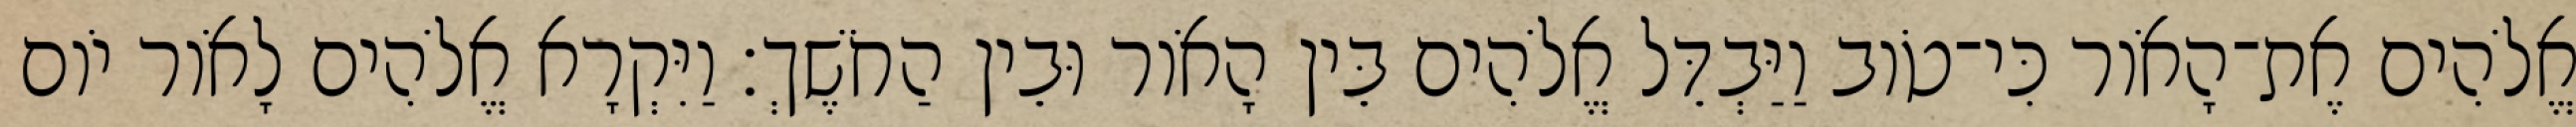
אֱלֹהִים אֶת־הָאֹור כִּי־טֹוב וַיַּבְדֵּל אֱלֹהִים בֵּין הָאֹור וּבֵין הַחֹשֶׁךְ׃ וַיִּקְרָא אֱלֹהִים לָאֹור יֹום